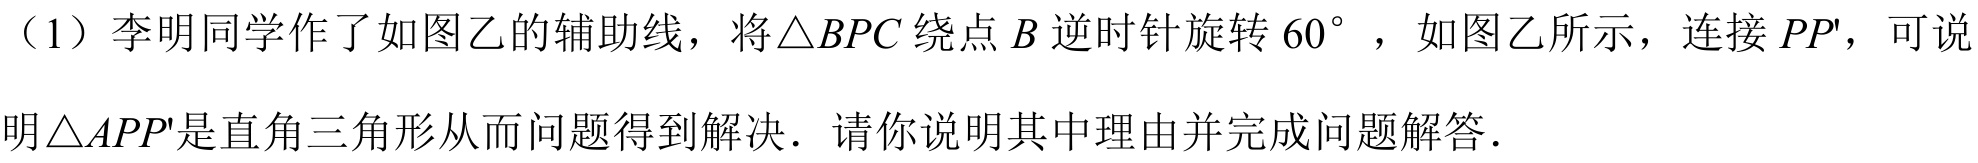
（1）李明同学作了如图乙的辅助线，将$\triangle BPC$绕点$B$逆时针旋转$60^{\circ}$，如图乙所示，连接$PP'$，可说明$\triangle APP'$是直角三角形从而问题得到解决．请你说明其中理由并完成问题解答．